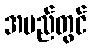
အမည်တွင်